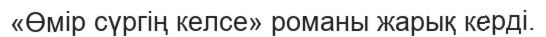
«Өмір сүргің келсе» романы жарық керді.